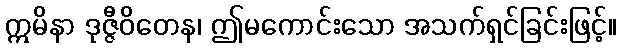
ဣမိနာ ဒုဇ္ဇီဝိတေန၊ ဤမကောင်းသော အသက်ရှင်ခြင်းဖြင့်။